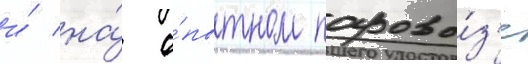
и́ на́ о́пытном парово́з'е